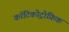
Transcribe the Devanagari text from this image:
कॉटिकोट्रोफ़िक